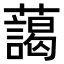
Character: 藹